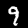
Label: 9